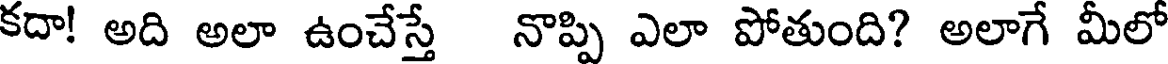
కదా! అది అలా ఉంచేస్తే నొప్పి ఎలా పోతుంది? అలాగే మీలో